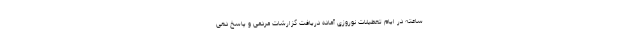
ساعته در ایام تعطیلات نوروزی آماده دریافت گزارشات مردمی و پاسخ دهی